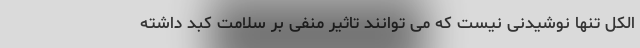
الکل تنها نوشیدنی نیست که می توانند تاثیر منفی بر سلامت کبد داشته